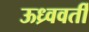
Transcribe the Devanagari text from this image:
ऊध्र्ववर्ती